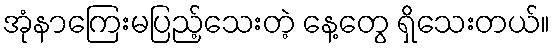
အုံနာကြေးမပြည့်သေးတဲ့ နေ့တွေ ရှိသေးတယ်။